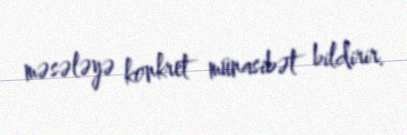
məsələyə konkret münasibət bildirir.